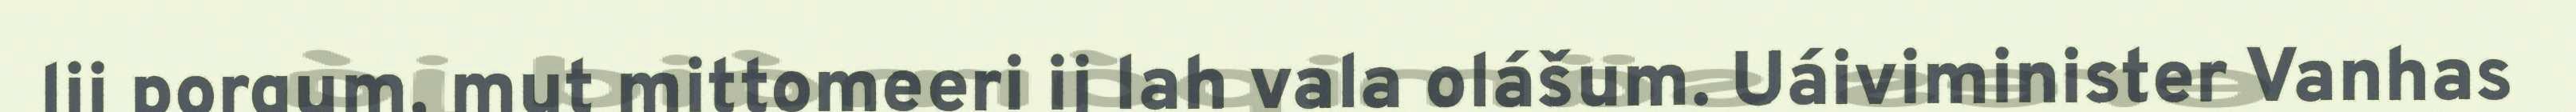
lii porgum, mut mittomeeri ij lah vala olášum. Uáiviminister Vanhas